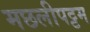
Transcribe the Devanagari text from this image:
मछलीपट्टम